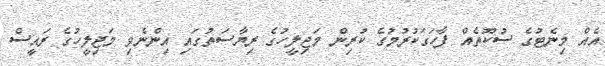
އެއް މިނެޓުގެ ސުކޫތެއް ފާހަގަކުރުމުގެ ކުރިން މަޖިލީހުގެ ރިޔާސަތުގައި އިންނެވި މަޖިލީހުގެ ރައީސް